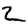
Digit: 2